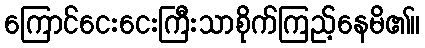
ကြောင်ငေးငေးကြီးသာစိုက်ကြည့်နေမိ၏။